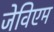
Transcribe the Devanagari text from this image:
जेविएम